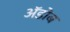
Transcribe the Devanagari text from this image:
अॅडोब